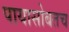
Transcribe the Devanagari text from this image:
पायासोबतच